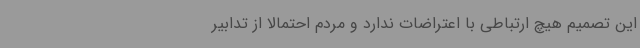
این تصمیم هیچ ارتباطی با اعتراضات ندارد و مردم احتمالا از تدابیر